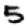
Digit: 5